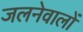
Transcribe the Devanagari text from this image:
जलनेवालों